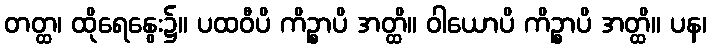
တတ္ထ၊ ထိုရေနွေး၌။ ပထဝီပိ ကိဉ္စာပိ အတ္ထိ။ ဝါယောပိ ကိဉ္စာပိ အတ္ထိ။ ပန၊